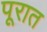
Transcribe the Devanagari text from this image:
पूरात